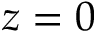
z = 0